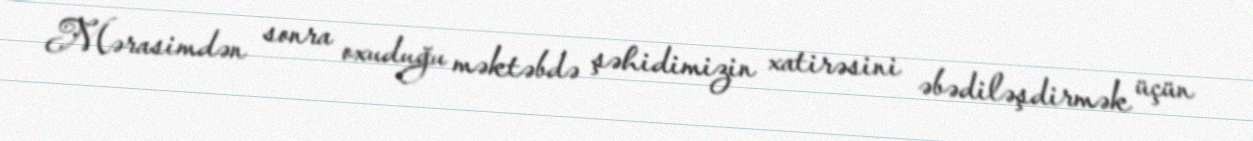
Mərasimdən sonra oxuduğu məktəbdə şəhidimizin xatirəsini əbədiləşdirmək üçün